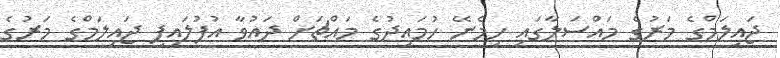
ޖައިލަމްގެ މަރުގެ މައްސަލާގައި ހިމެނޭ ހުމައިދުގެ މައްޗަށް ދައުވާ އުފުލައިފި ޖައިލަމްގެ މަރުގެ